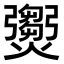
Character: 𤑵